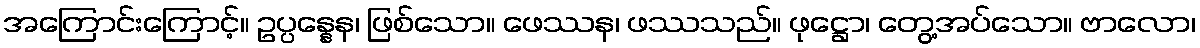
အကြောင်းကြောင့်။ ဥပ္ပန္နေန၊ ဖြစ်သော။ ဖေဿန၊ ဖဿသည်။ ဖုဋ္ဌော၊ တွေ့အပ်သော။ ဗာလော၊